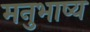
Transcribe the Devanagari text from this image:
मनुभाष्य